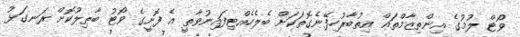
ވޯޓް ލުމުގެ އިންތިޒާމްތައް އިތުބާރުހިފޭނެގޮތަކަށް ބެލެހެއްޓިފައިނުވާތީ އެ ފޮށީގެ ވޯޓު ބާޠިލުކޮށް ރަނގަޅު